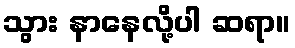
သွား နာနေလို့ပါ ဆရာ။